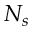
N _ { s }